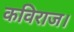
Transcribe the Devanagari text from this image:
कविराज।